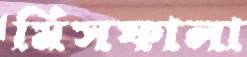
মিসফালা